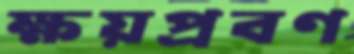
ক্ষয়প্রবণ